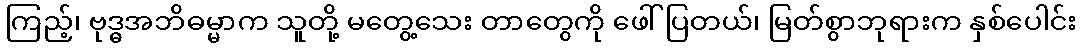
ကြည့်၊ ဗုဒ္ဓအဘိဓမ္မာက သူတို့ မတွေ့သေး တာတွေကို ဖေါ်ပြတယ်၊ မြတ်စွာဘုရားက နှစ်ပေါင်း